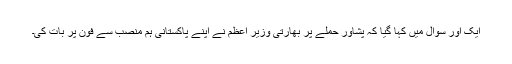
ایک اور سوال میں کہا گیا کہ پشاور حملے پر بھارتی وزیر اعظم نے اپنے پاکستانی ہم منصب سے فون پر بات کی۔